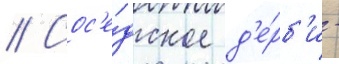
// Сос'е́дское д'е́рб'и -